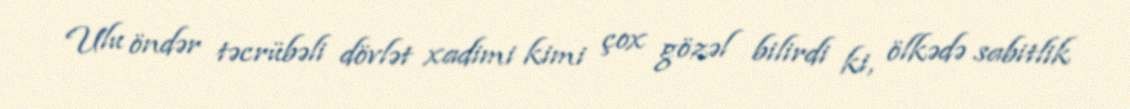
Ulu öndər təcrübəli dövlət xadimi kimi çox gözəl bilirdi ki, ölkədə sabitlik